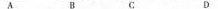
A B G D